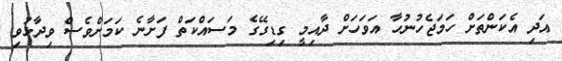
އަދި އެކަންތަށް ހަމަޖެހުނުހާ އަވަހަށް ދާއިމީ ގިޑިގޭގެ މަސައްކަތް ފަށާނެ ކަމަށްވެސް ވިދާޅުވި